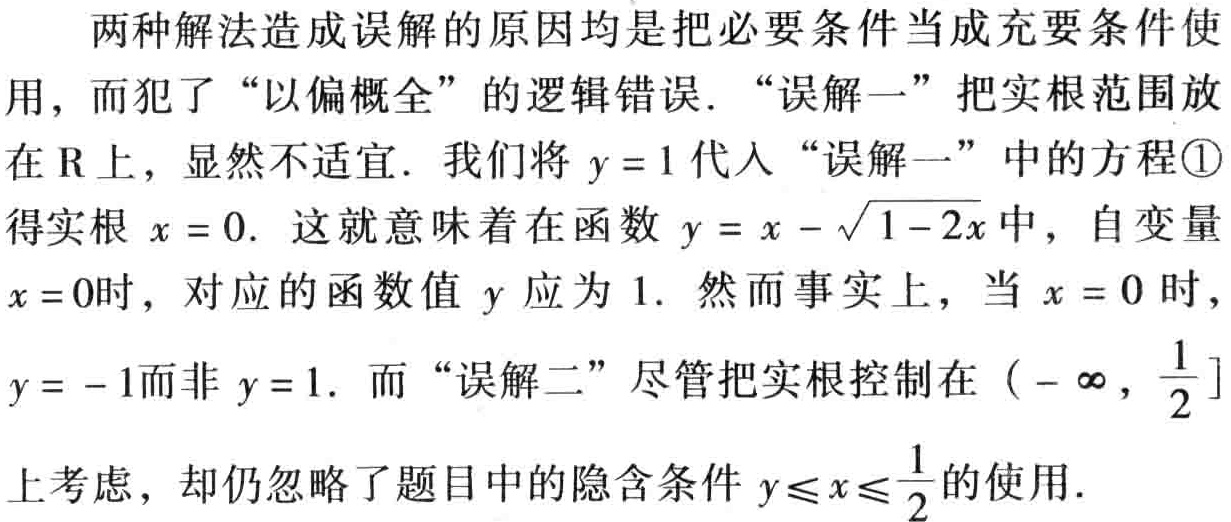
两种解法造成误解的原因均是把必要条件当成充要条件使用，而犯了“以偏概全”的逻辑错误.“误解一”把实根范围放在$\mathrm{R}$上，显然不适宜. 我们将$y = 1$代入“误解一”中的方程\textcircled{1}得实根$x = 0$. 这就意味着在函数$y = x-\sqrt{1 - 2x}$中，自变量$x = 0$时，对应的函数值$y$应为$1$. 然而事实上，当$x = 0$时，$y = - 1$而非$y = 1$. 而“误解二”尽管把实根控制在$(-\infty,\frac{1}{2}]$上考虑，却仍忽略了题目中的隐含条件$y\leqslant x\leqslant\frac{1}{2}$的使用.